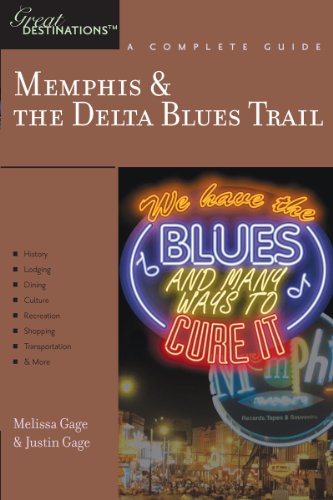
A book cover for Explorer's Guide Memphis & the Delta Blues Trail: A Great Destination (Explorer's Great Destinations); Justin Gage; Travel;